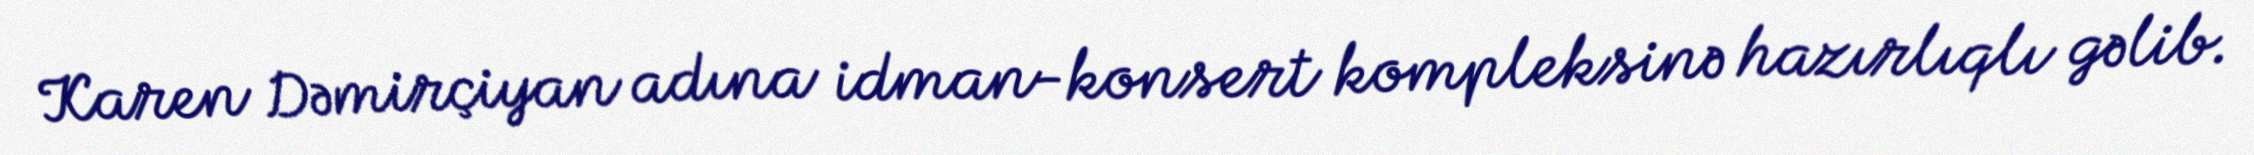
Karen Dəmirçiyan adına idman-konsert kompleksinə hazırlıqlı gəlib.